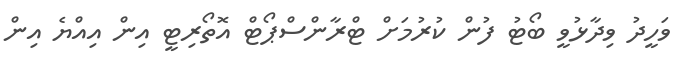
ވަހީދު ވިދާޅުވީ ބޯޓު ފުން ކުރުމަށް ޓްރާންސްޕޯޓް އޮތޯރިޓީ އިން އިއްޔެ އިން